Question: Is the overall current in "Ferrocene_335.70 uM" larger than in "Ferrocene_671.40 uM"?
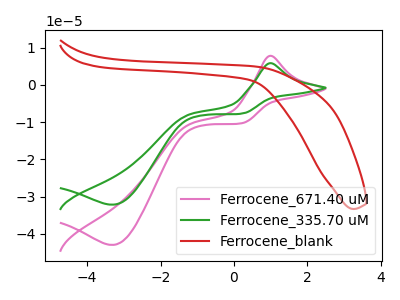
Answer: <think>The pink curve "Ferrocene_671.40 uM" has an anodic peak at (1.00V, 7.85uA) and a cathodic peak at (-3.30V, -42.95uA). The green curve "Ferrocene_335.70 uM" has an anodic peak at (1.00V, 5.85uA) and a cathodic peak at (-3.30V, -32.15uA). The red curve "Ferrocene_blank" has no peaks.
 All the peaks in "Ferrocene_335.70 uM" have a peak in "Ferrocene_671.40 uM" at the same potential. Every peak in "Ferrocene_335.70 uM" is lower than every peak in "Ferrocene_671.40 uM".</think>
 <answer>"Ferrocene_335.70 uM" has less signal than "Ferrocene_671.40 uM".</answer>
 <eval>less_signal</eval>